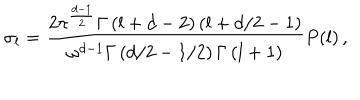
\sigma _ { l } = \frac { 2 \pi ^ { \frac { d - 1 } { 2 } } \Gamma \left( l + d - 2 \right) \left( l + d / 2 - 1 \right) } { \omega ^ { d - 1 } \Gamma \left( d / 2 - 1 / 2 \right) \Gamma \left( l + 1 \right) } P ( l ) \, ,